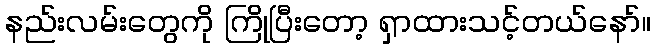
နည်းလမ်းတွေကို ကြိုပြီးတော့ ရှာထားသင့်တယ်နော်။